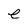
Character: e